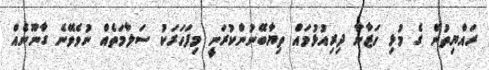
ރައްޔިތުން ގެ މުޅި ހަޒާނާ ދިރިއުޅުމައް ތިޔާބޭނުންކުރަނީ މިފަހަރަކު ސަލާމަތެއް ނުވެވޭނެ ގާނޫނެއް